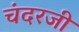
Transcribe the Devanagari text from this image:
चंदरजी